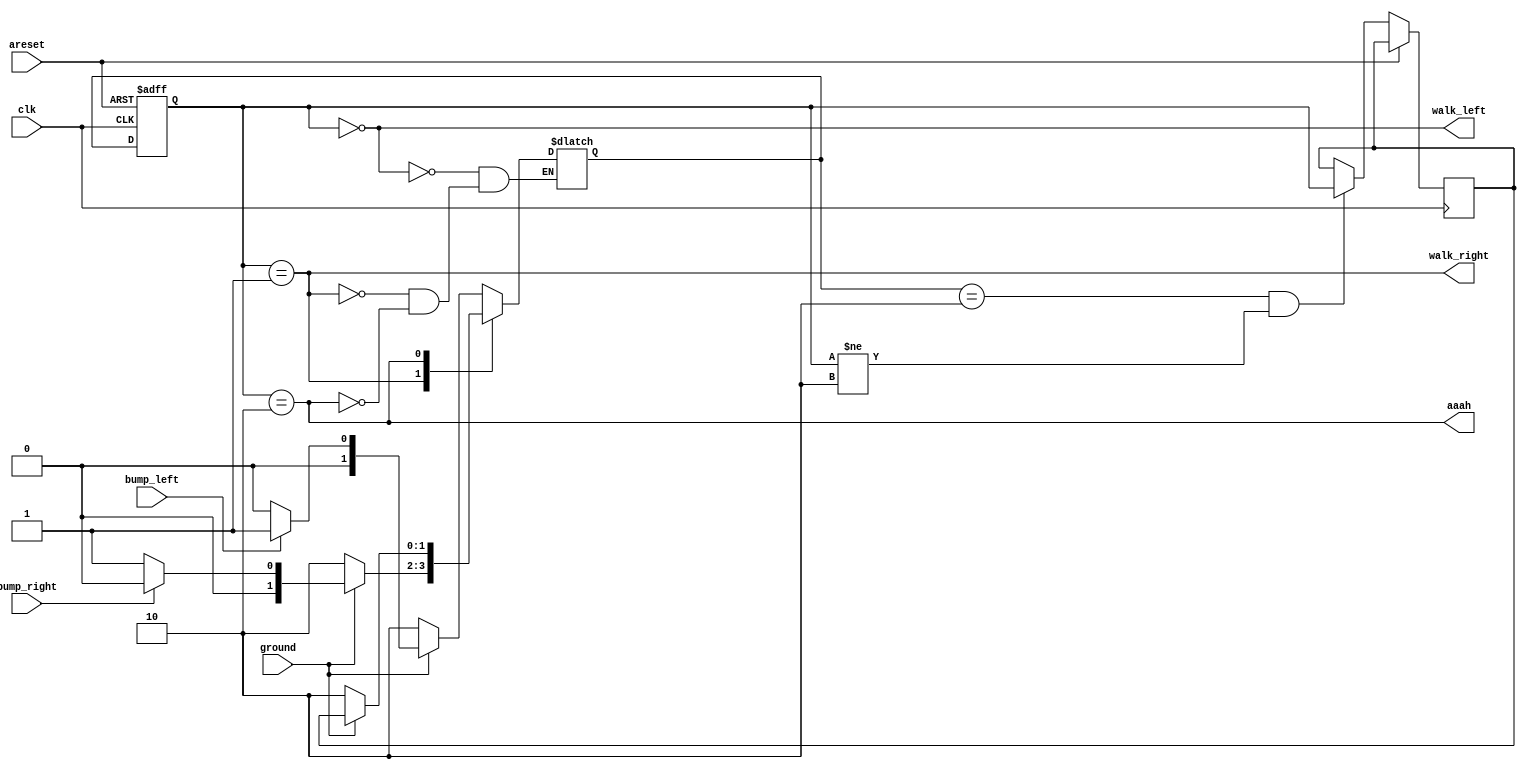
module top_module(
    input clk,
    input areset,    // Freshly brainwashed Lemmings walk left.
    input bump_left,
    input bump_right,
    input ground,
    output walk_left,
    output walk_right,
    output aaah ); 

    parameter LEFT=0, RIGHT=1, AHH=2;
    reg [1:0] previous, state, next;

    always@(*) begin
        case(state)
            LEFT: next = ground? (bump_left? RIGHT : LEFT) : AHH;
            RIGHT: next = ground? (bump_right? LEFT : RIGHT) : AHH;
            AHH: next = ground? previous : AHH; 
        endcase
    end

    always@(posedge clk, posedge areset) begin
        if (areset) begin
            state <= LEFT;
        end else begin
            state <= next;
            if (next == AHH && state != AHH) begin
            previous <= state;
            end
        end
    end

    assign walk_left = (state == LEFT);
    assign walk_right = (state == RIGHT);
    assign aaah = (state == AHH);

endmodule